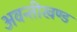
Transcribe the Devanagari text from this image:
अवन्तीखण्ड